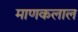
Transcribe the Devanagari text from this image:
माणकलाल